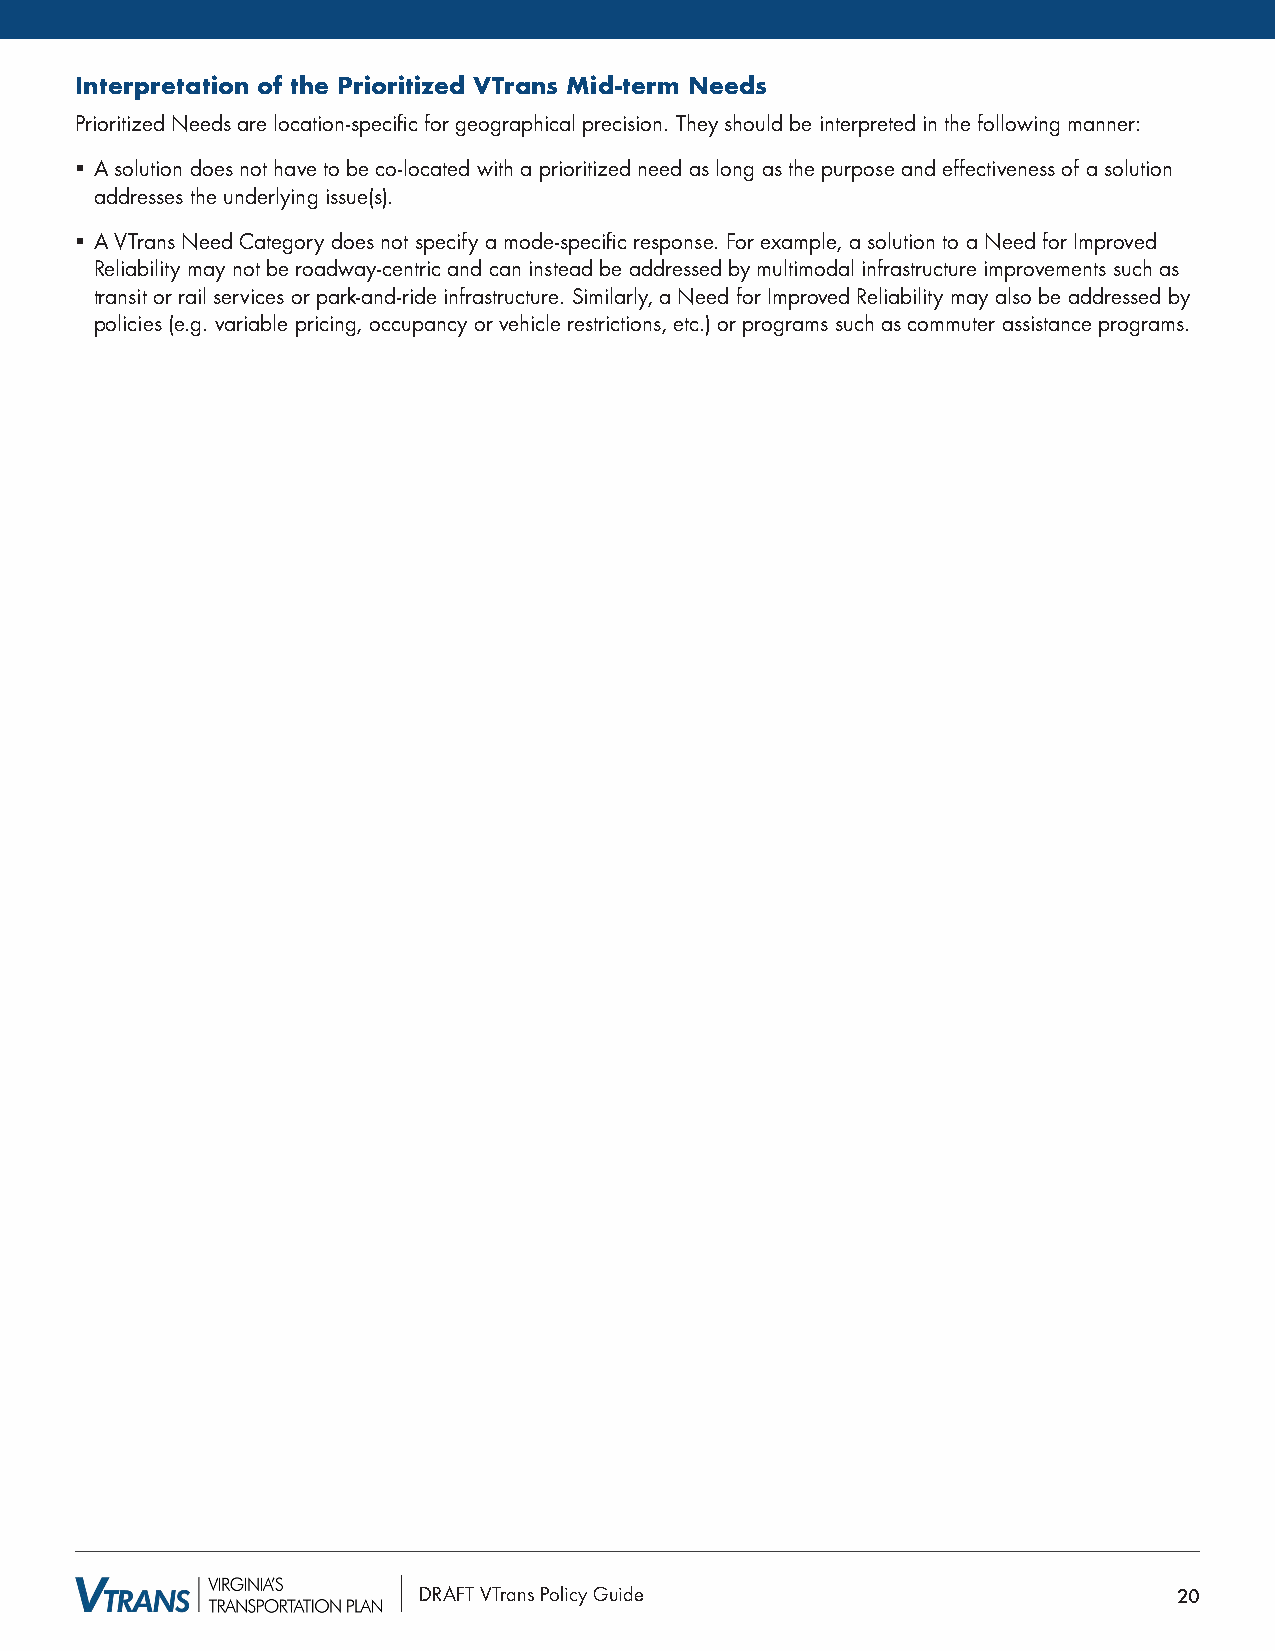
Interpretation of the Prioritized VTrans Mid-term Needs
 Prioritized Needs are location-specific for geographical precision. They should be interpreted in the following manner:
 § A solution does not have to be co-located with a prioritized need as long as the purpose and effectiveness of a solution
 addresses the underlying issue(s).
 § A VTrans Need Category does not specify a mode-specific response. For example, a solution to a Need for Improved
 Reliability may not be roadway-centric and can instead be addressed by multimodal infrastructure improvements such as
 transit or rail services or park-and-ride infrastructure. Similarly, a Need for Improved Reliability may also be addressed by
 policies (e.g. variable pricing, occupancy or vehicle restrictions, etc.) or programs such as commuter assistance programs.
 DRAFT VTrans Policy Guide                         20